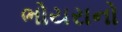
ભોયરાનો